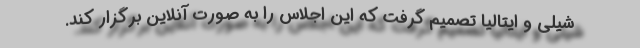
شیلی و ایتالیا تصمیم گرفت که این اجلاس را به صورت آنلاین برگزار کند.